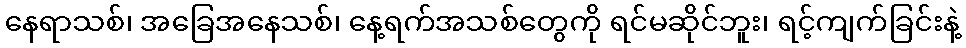
နေရာသစ်၊ အခြေအနေသစ်၊ နေ့ရက်အသစ်တွေကို ရင်မဆိုင်ဘူး၊ ရင့်ကျက်ခြင်းနဲ့